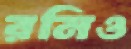
রনিও